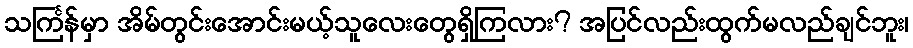
သင်္ကြန်မှာ အိမ်တွင်းအောင်းမယ့်သူလေးတွေရှိကြလား? အပြင်လည်းထွက်မလည်ချင်ဘူး၊